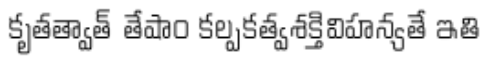
కృతత్వాత్ తేషాం కల్పకత్వశక్తివిహన్యతే ఇతి